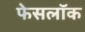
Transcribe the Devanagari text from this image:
फेसलॉक